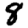
Digit: 8